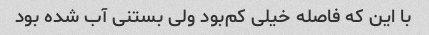
با این که‌ فاصله خیلی کم‌بود ولی بستنی آب شده بود